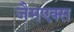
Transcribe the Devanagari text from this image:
जैमएक्स